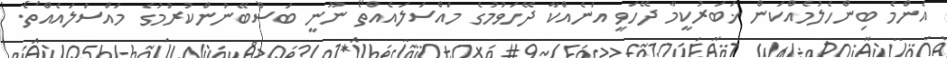
އެންމެ ބިންހެލުމެއްކަން ޚަބަރުކީމާ ދޭހަވީ އަނެއްކާ ދޭހަވުމުގެ މައްސަލައެއްތޯ ނޫނީ ބަސްބޭނުންކުރުމުގެ މައްސަލައެއްތޯ.